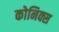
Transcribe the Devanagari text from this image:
कोनिक्स